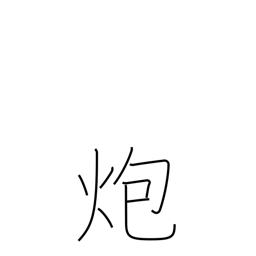
Meaning: burn